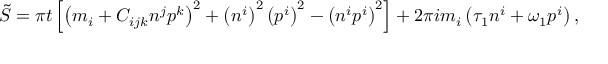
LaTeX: \tilde { S } = \pi t \left[ \left( m _ { i } + C _ { i j k } n ^ { j } p ^ { k } \right) ^ { 2 } + \left( n ^ { i } \right) ^ { 2 } \left( p ^ { i } \right) ^ { 2 } - \left( n ^ { i } p ^ { i } \right) ^ { 2 } \right] + 2 \pi i m _ { i } \left( \tau _ { 1 } n ^ { i } + \omega _ { 1 } p ^ { i } \right) ,